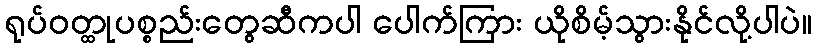
ရုပ်ဝတ္ထုပစ္စည်းတွေဆီကပါ ပေါက်ကြား ယိုစိမ့်သွားနိုင်လို့ပါပဲ။